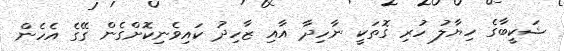
ޝަކީބާގެ ހިޔާލު ހުރި ގޮތަކީ ނާހިދާ އާއި ޒާހިދު ކައިވެނިކޮށްގެން ގޭގެ އެހެން